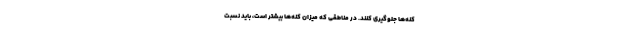
کنه‌ها جلوگیری کنند. در مناطقی که میزان کنه‌ها بیشتر است، باید نسبت